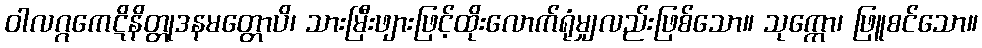
ဝါလဂ္ဂကေဋိနိတ္တုဒနမတ္တောပိ၊ သားမြီးဖျားဖြင့်ထိုးလောက်ရုံမျှလည်းဖြစ်သော။ သုက္ကော၊ ဖြူစင်သော။